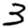
Digit: 3